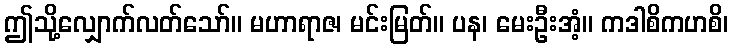
ဤသို့လျှောက်လတ်သော်။ မဟာရာဇ၊ မင်းမြတ်။ ပန၊ မေးဦးအံ့။ ကဒါစိကဟစိ၊